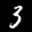
Label: 3